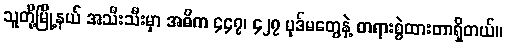
သူတို့မြို့နယ် အသီးသီးမှာ အဓိက ၄၄၇၊ ၄၂၇ ပုဒ်မတွေနဲ့ တရားစွဲထားတာရှိတယ်။